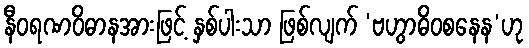
နီဝရဏဝိဓာနအားဖြင့် နှစ်ပါးသာ ဖြစ်လျက် ‘ဗဟွာဓိဝစနေန’ဟု